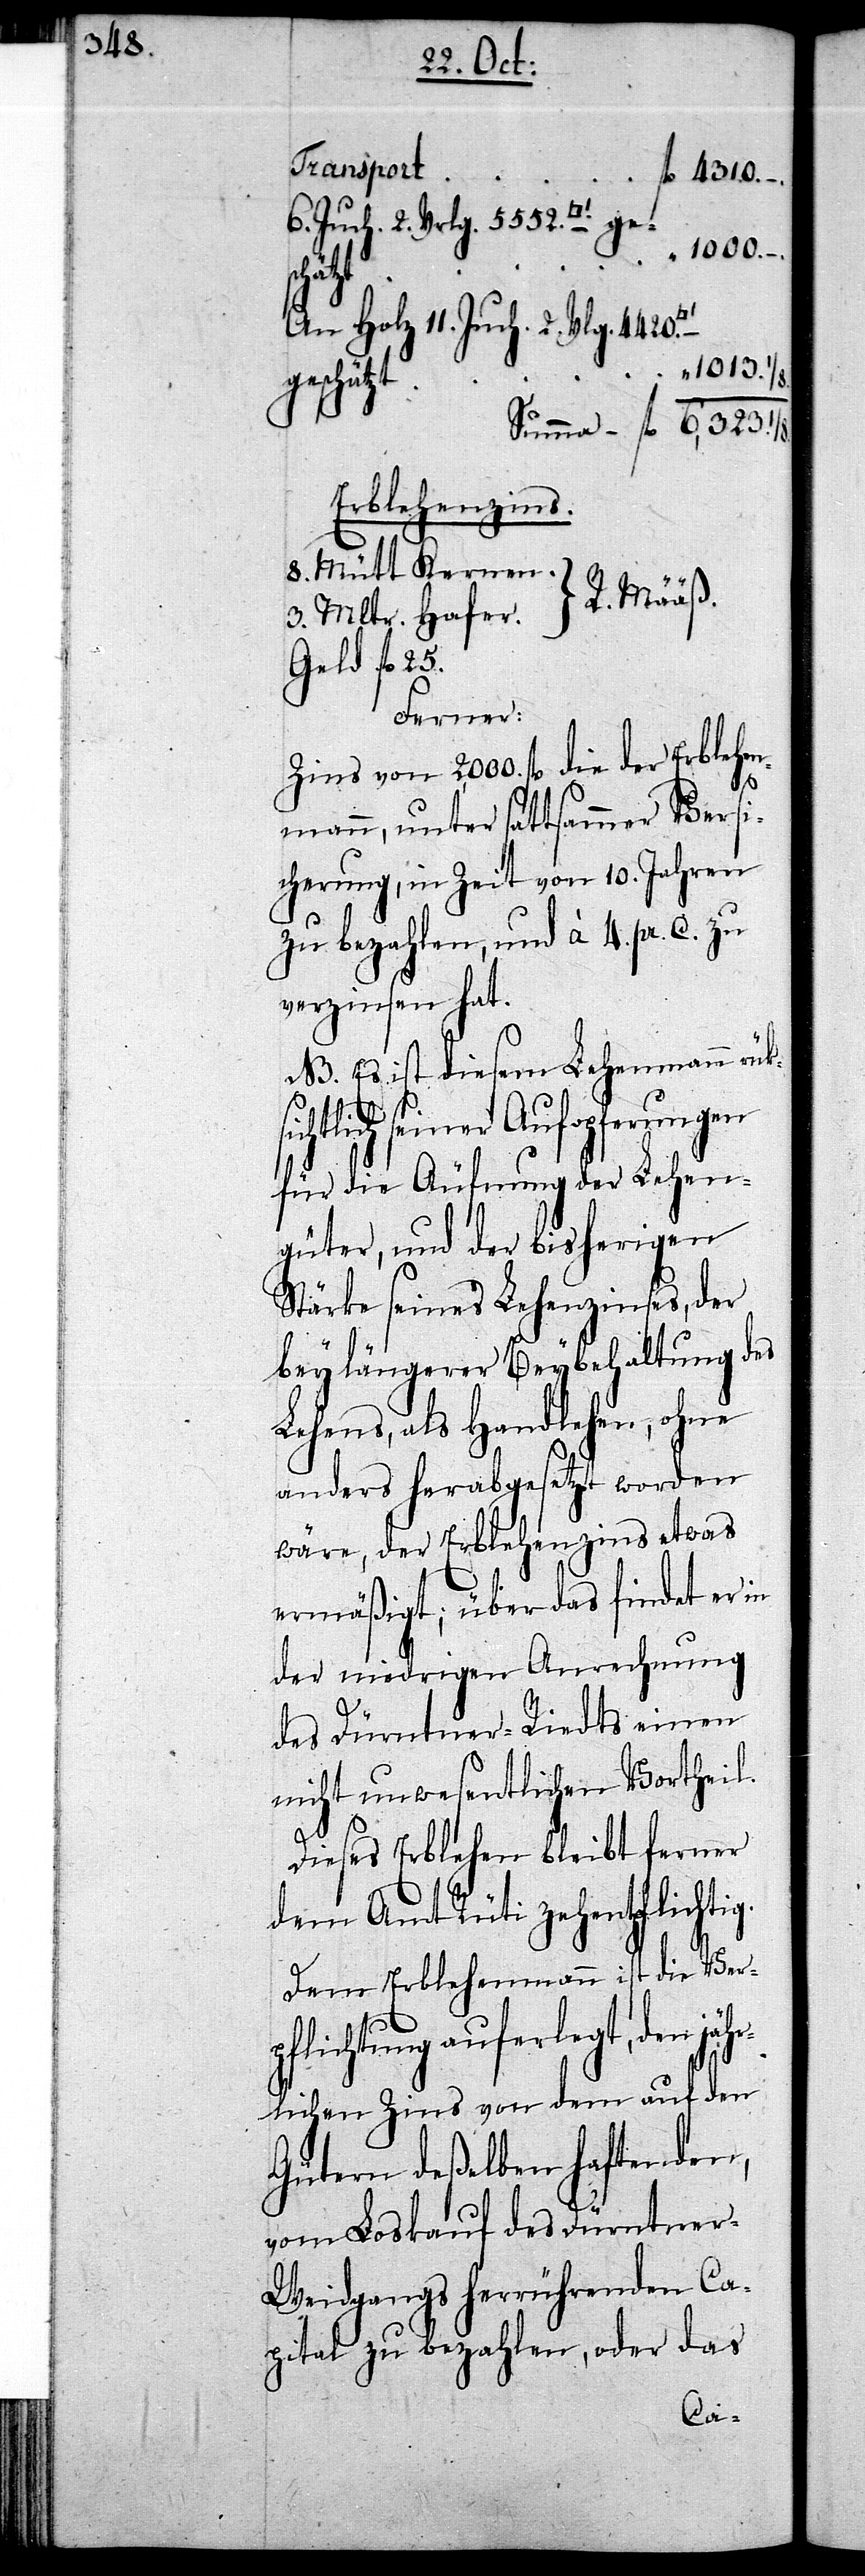
Transport
fl 4310. –.
6. Juch. 2. Vrlg. 5552.
“ 1000. –.
sich¬
An Holz 11. Juch. 2. Vlg. 4420.
“ 1013.
geschätzt
Erblehenzins.
8. Mütt Kernen.
R. Määß.
3. Mltr. Hafer.
Geld fl 25.
Ferner:
Zins von 2,000. fl die der Erblehen¬
mann, unter sattsammer Versi¬
cherung, in Zeit von 10. Jahren
zu bezahlen, und à 4. pr. C. zu
verzinsen hat.
NB. Es ist diesem Lehenmann rük¬
tlich seiner Aufopferungen
für die Äufnung der Lehen¬
güter, und der bisherigen
Stärke seines Lehenzinses, der
bey längerer Beybehaltung des
Lehens, als Handlehen, ohne
anders herabgesetzt worden
wäre, der Erblehenzins etwas
ermäßigt; über das findet er in
der niedrigen Anrechnung
des Dürntner-Riedts einen
nicht unwesentlichen Vortheil.
Dieses Erblehen bleibt ferner
dem Amt Rüti zehentpflichtig.
Dem Erblehenmann ist die Ver¬
pflichtung auferlegt, den jä¬
hrlichen Zins von dem auf den
Gütern deßelben haftenden,
vom Loskauf des Dürntner-W¬
eidgangs herrührenden Ca¬
pital zu bezahlen, oder das